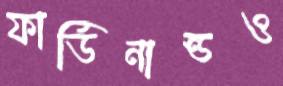
ফার্ডিনান্ডও